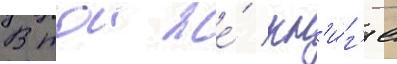
В тои же́ кн'и́г'е